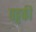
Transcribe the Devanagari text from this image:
पट्टकी